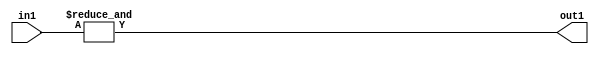
`timescale 1ps / 1ps
/*****************************************************************************
    Verilog RTL Description
    
    
    Created by: Stratus DpOpt 2019.1.01 
*******************************************************************************/

module pw_feature_addr_gen_AndReduction_4S_1U_4 (
	in1,
	out1
	); /* architecture "behavioural" */ 
input [3:0] in1;
output  out1;
wire  asc001;

assign asc001 = 
	(&in1);

assign out1 = asc001;
endmodule

/* CADENCE  urb4Sgw= : u9/ySgnWtBlWxVPRXgAZ4Og= ** DO NOT EDIT THIS LINE ******/